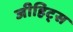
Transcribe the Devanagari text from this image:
जीहिट्स